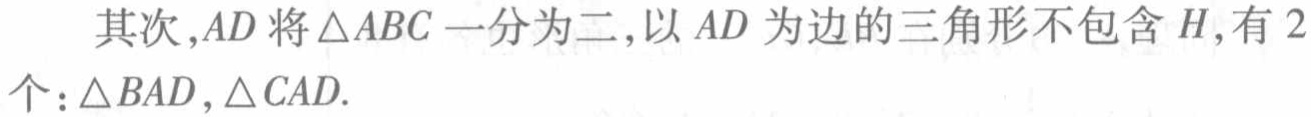
其次,$AD$将$\triangle ABC$一分为二,以$AD$为边的三角形不包含$H$,有$2$个：$\triangle BAD,\triangle CAD$.